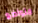
متواضع